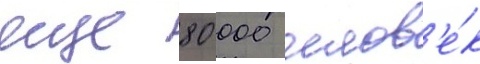
еще 80 000 челов'е́к